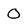
Character: O